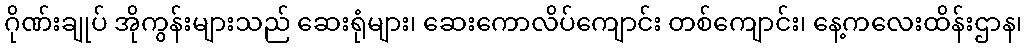
ဂိုဏ်းချုပ် အိုကွန်းများသည် ဆေးရုံများ၊ ဆေးကောလိပ်ကျောင်း တစ်ကျောင်း၊ နေ့ကလေးထိန်းဌာန၊